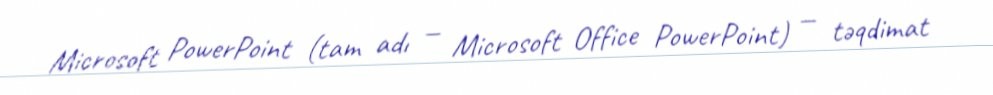
Microsoft PowerPoint (tam adı — Microsoft Office PowerPoint) — təqdimat